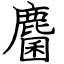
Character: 麕